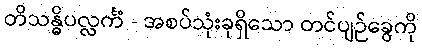
တိသန္ဓိပလ္လင်္ကံ - အစပ်သုံးခုရှိသော တင်ပျဉ်ခွေကို